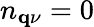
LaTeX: n_{\mathbf q\nu}=0